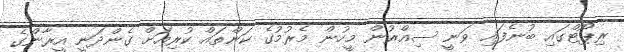
ރިޕޯޓްގައި ބުނެފައި ވަނީ ސިއްރުން މީހުން މެރުމުގެ ކަންތައް ކުރިއަށް ގެންދަނީ އީރާންގެ